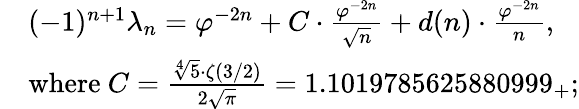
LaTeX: {\begin{array}{rl}&{(-1)^{n+1}\lambda_{n}=\varphi^{-2n}+C\cdot{\frac{\varphi^{-2n}}{\sqrt{n}}}+d(n)\cdot{\frac{\varphi^{-2n}}{n}},}\\ &{{\mathrm{where~}}C={\frac{{\sqrt[{4}]{5}}\cdot\zeta(3/2)}{2{\sqrt{\pi}}}}=1.1019785625880999_{+};}\end{array}}